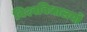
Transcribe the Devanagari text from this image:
विश्वविधालयों